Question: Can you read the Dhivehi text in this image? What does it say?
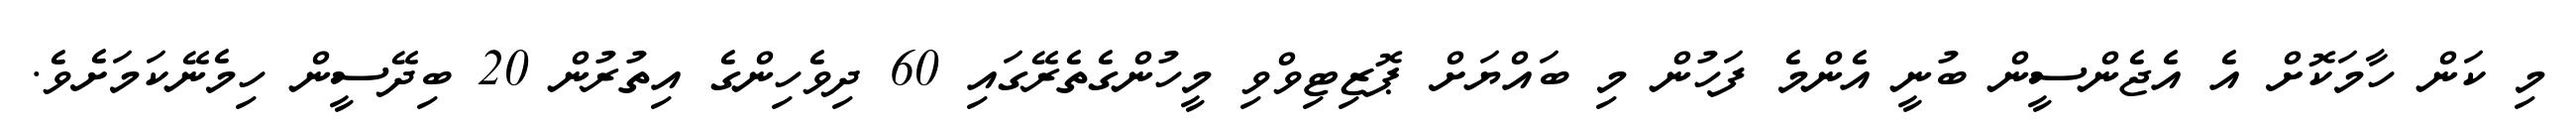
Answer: މި ކަން ހާމަކޮށް އެ އެޖެންސީން ބުނީ އެންމެ ފަހުން މި ބައްޔަށް ޕޮޒިޓިވްވި މީހުންގެތެރޭގައި 60 ދިވެހިންގެ އިތުރުން 20 ބިދޭސީން ހިމެނޭކަމަށެވެ.